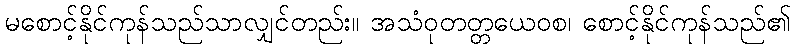
မစောင့်နိုင်ကုန်သည်သာလျှင်တည်း။ အသံဝုတတ္တယေဝစ၊ စောင့်နိုင်ကုန်သည်၏